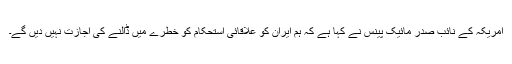
امریکہ کے نائب صدر مائیک پینس نے کہا ہے کہ ہم ایران کو علاقائی استحکام کو خطرے میں ڈالنے کی اجازت نہیں دیں گے۔